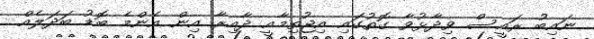
ނައިބު ރައީސް ވިދާޅުވާ ގޮތުގައި އިޖުތިމާއީ ދާއިރާ އިން އެންމެ ބޮޑު ބަދަލެއް